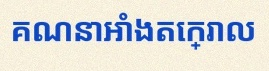
គណនាអាំងតេក្រាល